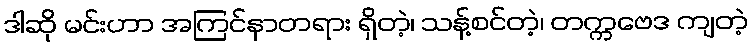
ဒါဆို မင်းဟာ အကြင်နာတရား ရှိတဲ့၊ သန့်စင်တဲ့၊ တက္ကဗေဒ ကျတဲ့